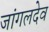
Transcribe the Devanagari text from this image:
जांगलदेव